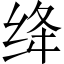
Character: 绛